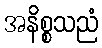
အနိစ္စသညံ